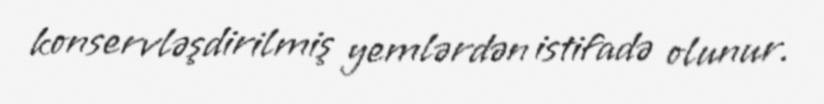
konservləşdirilmiş yemlərdən istifadə olunur.